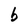
Character: b